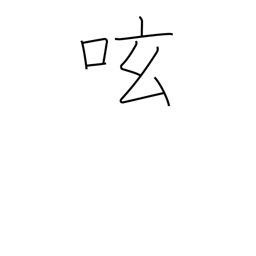
Meaning: mutter